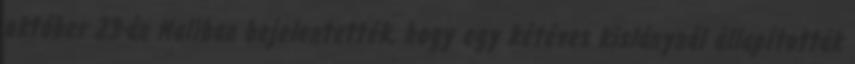
október 23-án Maliban bejelentették, hogy egy kétéves kislánynál állapították